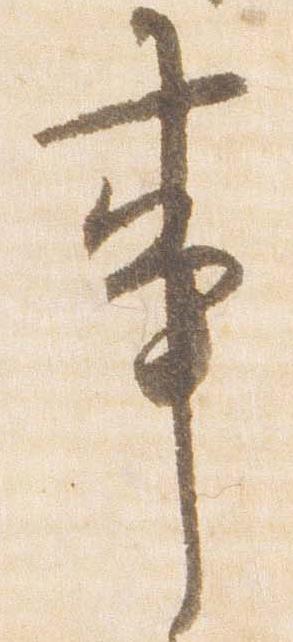
事